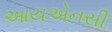
આયએનસી